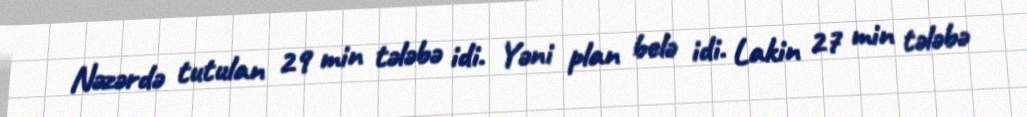
Nəzərdə tutulan 29 min tələbə idi. Yəni plan belə idi. Lakin 27 min tələbə